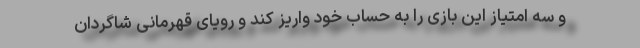
و سه امتیاز این بازی را به حساب خود واریز کند و رویای قهرمانی شاگردان